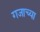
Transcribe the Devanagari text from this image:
गजाच्या